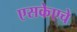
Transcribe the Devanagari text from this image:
एसकेएचे